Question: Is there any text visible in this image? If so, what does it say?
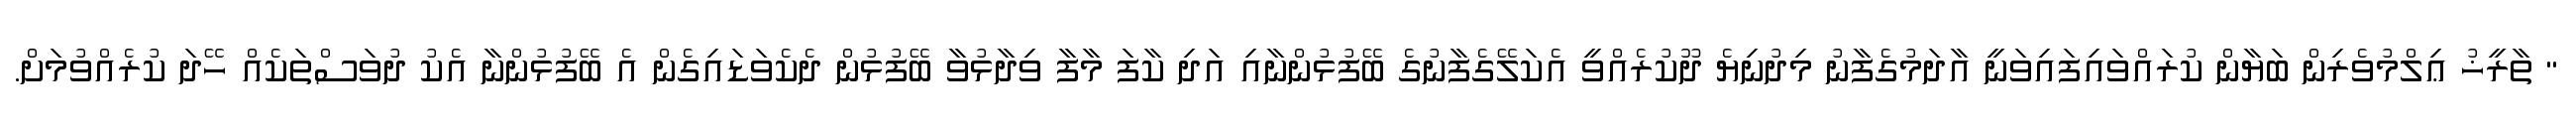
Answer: " ތާރީޚު ޢިލްމުވެރިން ބަޔާން ކުރައްވައިފައިވަނީ އާދަމުގެފާނު މިދުނިޔެ ދޫކުރެއްވީ އެކަލޭގެފާނުގެ ބޭފުޅުންނާއި އަދި ކާފަ މާފާ ވިދާޅުވާ ބޭފުޅުން ދެކެވަޑައިގެން އެ ބޭފުޅުންނާ އެކު ދުވަސްތަކެއް ހޭދަ ކުރެއްވުމަށް.